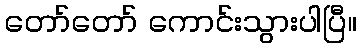
တော်တော် ကောင်းသွားပါပြီ။